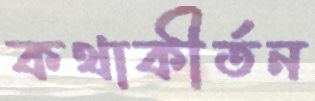
কথাকীর্তন